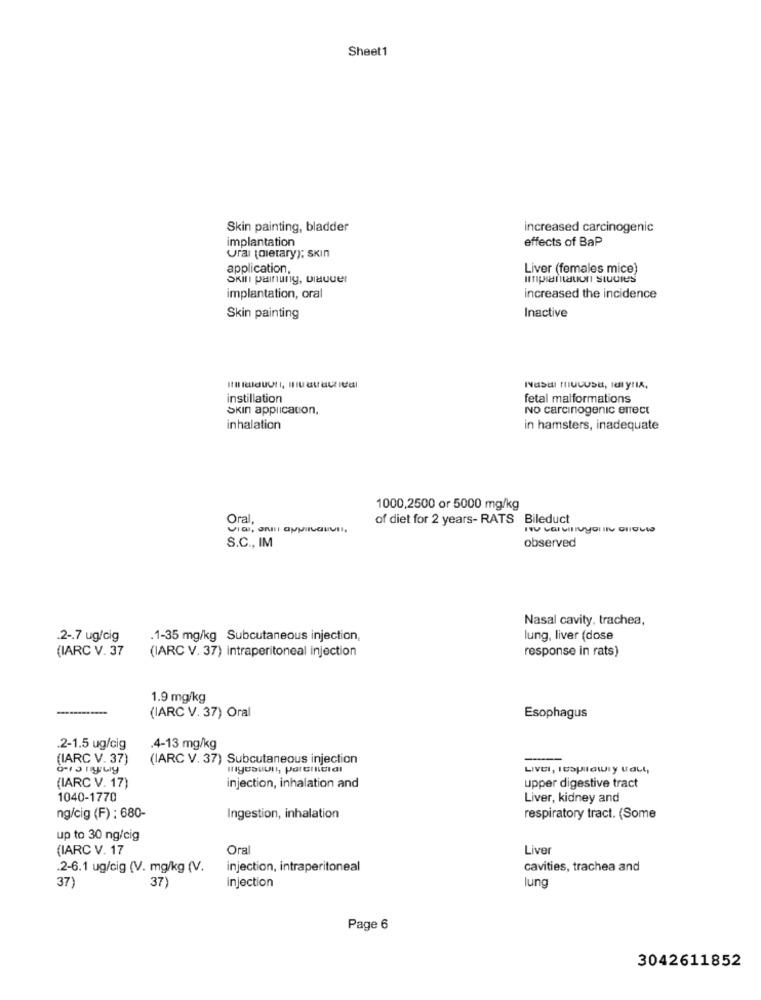
Sheet1
Skin painting, bladder
increased carcinogenic
implantation
effects of BaP
Ural (dietary); skin
application.
Liver (females mice)
Skin painung, Dauer
implantation, oral
increased the incidence
Skin painting
Inactive
instillation
fetal malformations
SKIN application,
NO carcinogenic effect
inhalation
in hamsters, inadequate
1000,2500 or 5000 mg/kg
Oral,
of diet for 2 years- RATS Bileduct
observed
S.C ., IM
Nasal cavity, trachea,
.2 -. 7 ug/cig
.1-35 mg/kg Subcutaneous injection,
lung, liver (dose
(IARC V. 37
response in rats)
(IARC V. 37) intraperitoneal injection
1.9 mg/kg
(IARC V. 37) Oral
Esophagus
.2-1.5 ug/cig
.4-13 mg/kg
(IARC V. 37)
(IARC V. 37) Subcutaneous injection
LIVEI, Itopilawry tall,
(IARC V. 17)
injection, inhalation and
upper digestive tract
1040-1770
Liver, kidney and
ng/cig (F) : 680-
Ingestion, inhalation
respiratory tract. (Some
up to 30 ng/cig
(IARC V. 17
Oral
Liver
.2-6.1 ug/cig (V. mg/kg (V.
injection, intraperitoneal
cavities, trachea and
Injection
37)
37)
lung
Page 6
3042611852